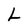
Character: L